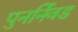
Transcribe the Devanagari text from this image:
पुनर्निवड